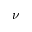
\nu